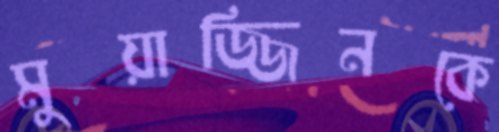
মুয়াজ্জিনকে